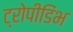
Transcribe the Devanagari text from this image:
ट्रोपीडिंभ